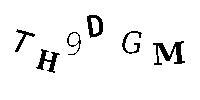
TH9DGM